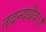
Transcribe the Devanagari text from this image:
तदन्यथैव।।